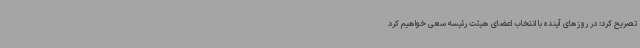
تصریح کرد: در روزهای آینده با انتخاب اعضای هیئت رئیسه سعی خواهیم کرد